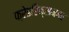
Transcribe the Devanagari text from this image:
फ्रेडरिक्सनगर